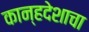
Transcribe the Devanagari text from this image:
कान्हदेशाचा